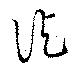
訖